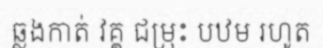
ឆ្លងកាត់ វគ្គ ជម្រុះ បឋម រហូត